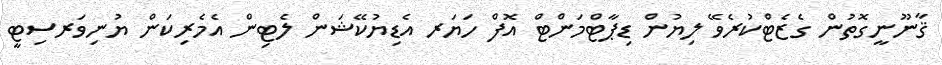
ޤާނޫނީގޮތުން ގެޒެޓްކުރެވޭ ލިޔުން ޑިޕާޓްމަންޓް އޮފް ހަޔަރ އެޑިޔުކޭޝަން ލެޓިން އެމެރިކަން ޔުނިވަރސިޓީ